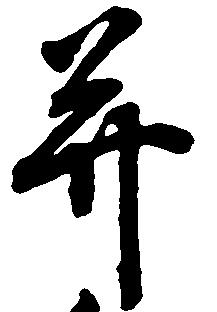
并